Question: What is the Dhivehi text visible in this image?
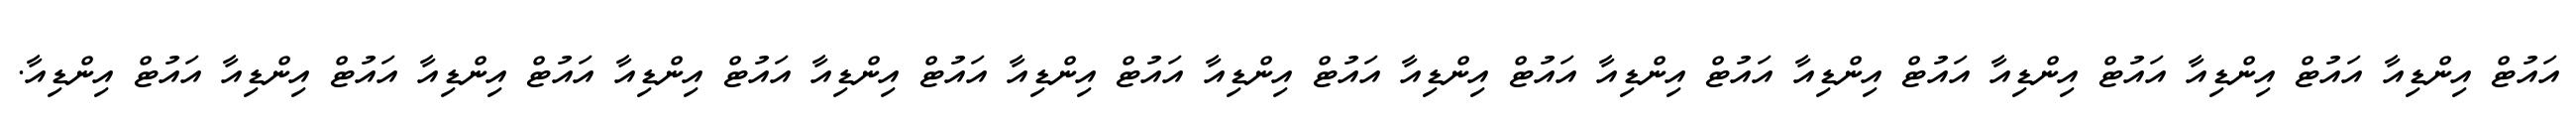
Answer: އައުޓް އިންޑިއާ އައުޓް އިންޑިއާ އައުޓް އިންޑިއާ އައުޓް އިންޑިއާ އައުޓް އިންޑިއާ އައުޓް އިންޑިއާ އައުޓް އިންޑިއާ އައުޓް އިންޑިއާ އައުޓް އިންޑިއާ އައުޓް އިންޑިއާ އައުޓް އިންޑިއާ އައުޓް އިންޑިއާ އައުޓް އިންޑިއާ.